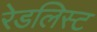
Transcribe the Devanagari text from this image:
रेडलिस्ट